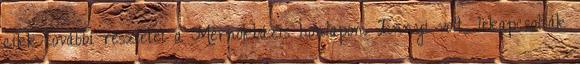
cikk további részletei a Mérnökbázis honlapon. Ennyi volt, lekapcsolták